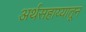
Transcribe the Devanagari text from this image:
अर्थसहाय्यातून